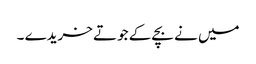
میں نے بچے کے جوتے خریدے ۔